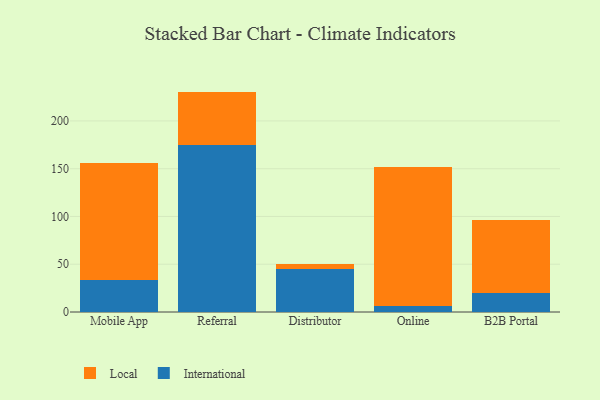
{"axis": {"x": "Channel", "y": "Bounce Rate (%)"}, "legend": ["International", "Local"], "data": [{"x": "Mobile App", "y": 34.0, "type": "International"}, {"x": "Mobile App", "y": 121.8, "type": "Local"}, {"x": "Referral", "y": 174.9, "type": "International"}, {"x": "Referral", "y": 55.8, "type": "Local"}, {"x": "Distributor", "y": 44.9, "type": "International"}, {"x": "Distributor", "y": 5.3, "type": "Local"}, {"x": "Online", "y": 6.2, "type": "International"}, {"x": "Online", "y": 145.3, "type": "Local"}, {"x": "B2B Portal", "y": 20.0, "type": "International"}, {"x": "B2B Portal", "y": 76.1, "type": "Local"}]}